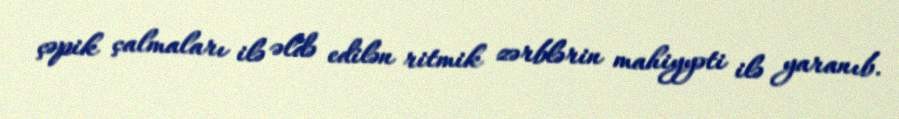
çəpik çalmaları ilə əldə edilən ritmik zərblərin mahiyyəti ilə yaranıb.